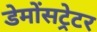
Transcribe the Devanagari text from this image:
डेमोंसट्रेटर